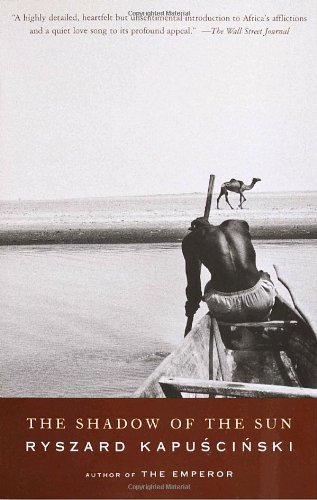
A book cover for The Shadow of the Sun; Ryszard Kapuscinski; History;